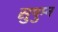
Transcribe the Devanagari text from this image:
सुषुम्न